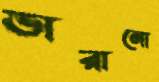
ভারানো